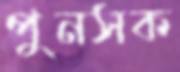
পুনসক